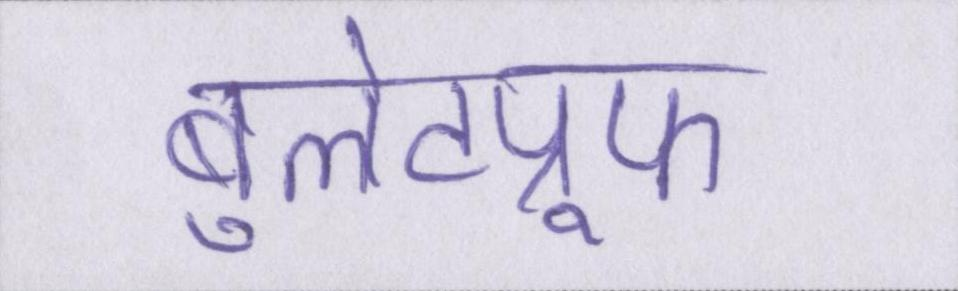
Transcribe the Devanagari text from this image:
बुलेटप्रूफ